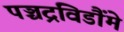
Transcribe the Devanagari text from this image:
पञ्चद्रविडौंमे